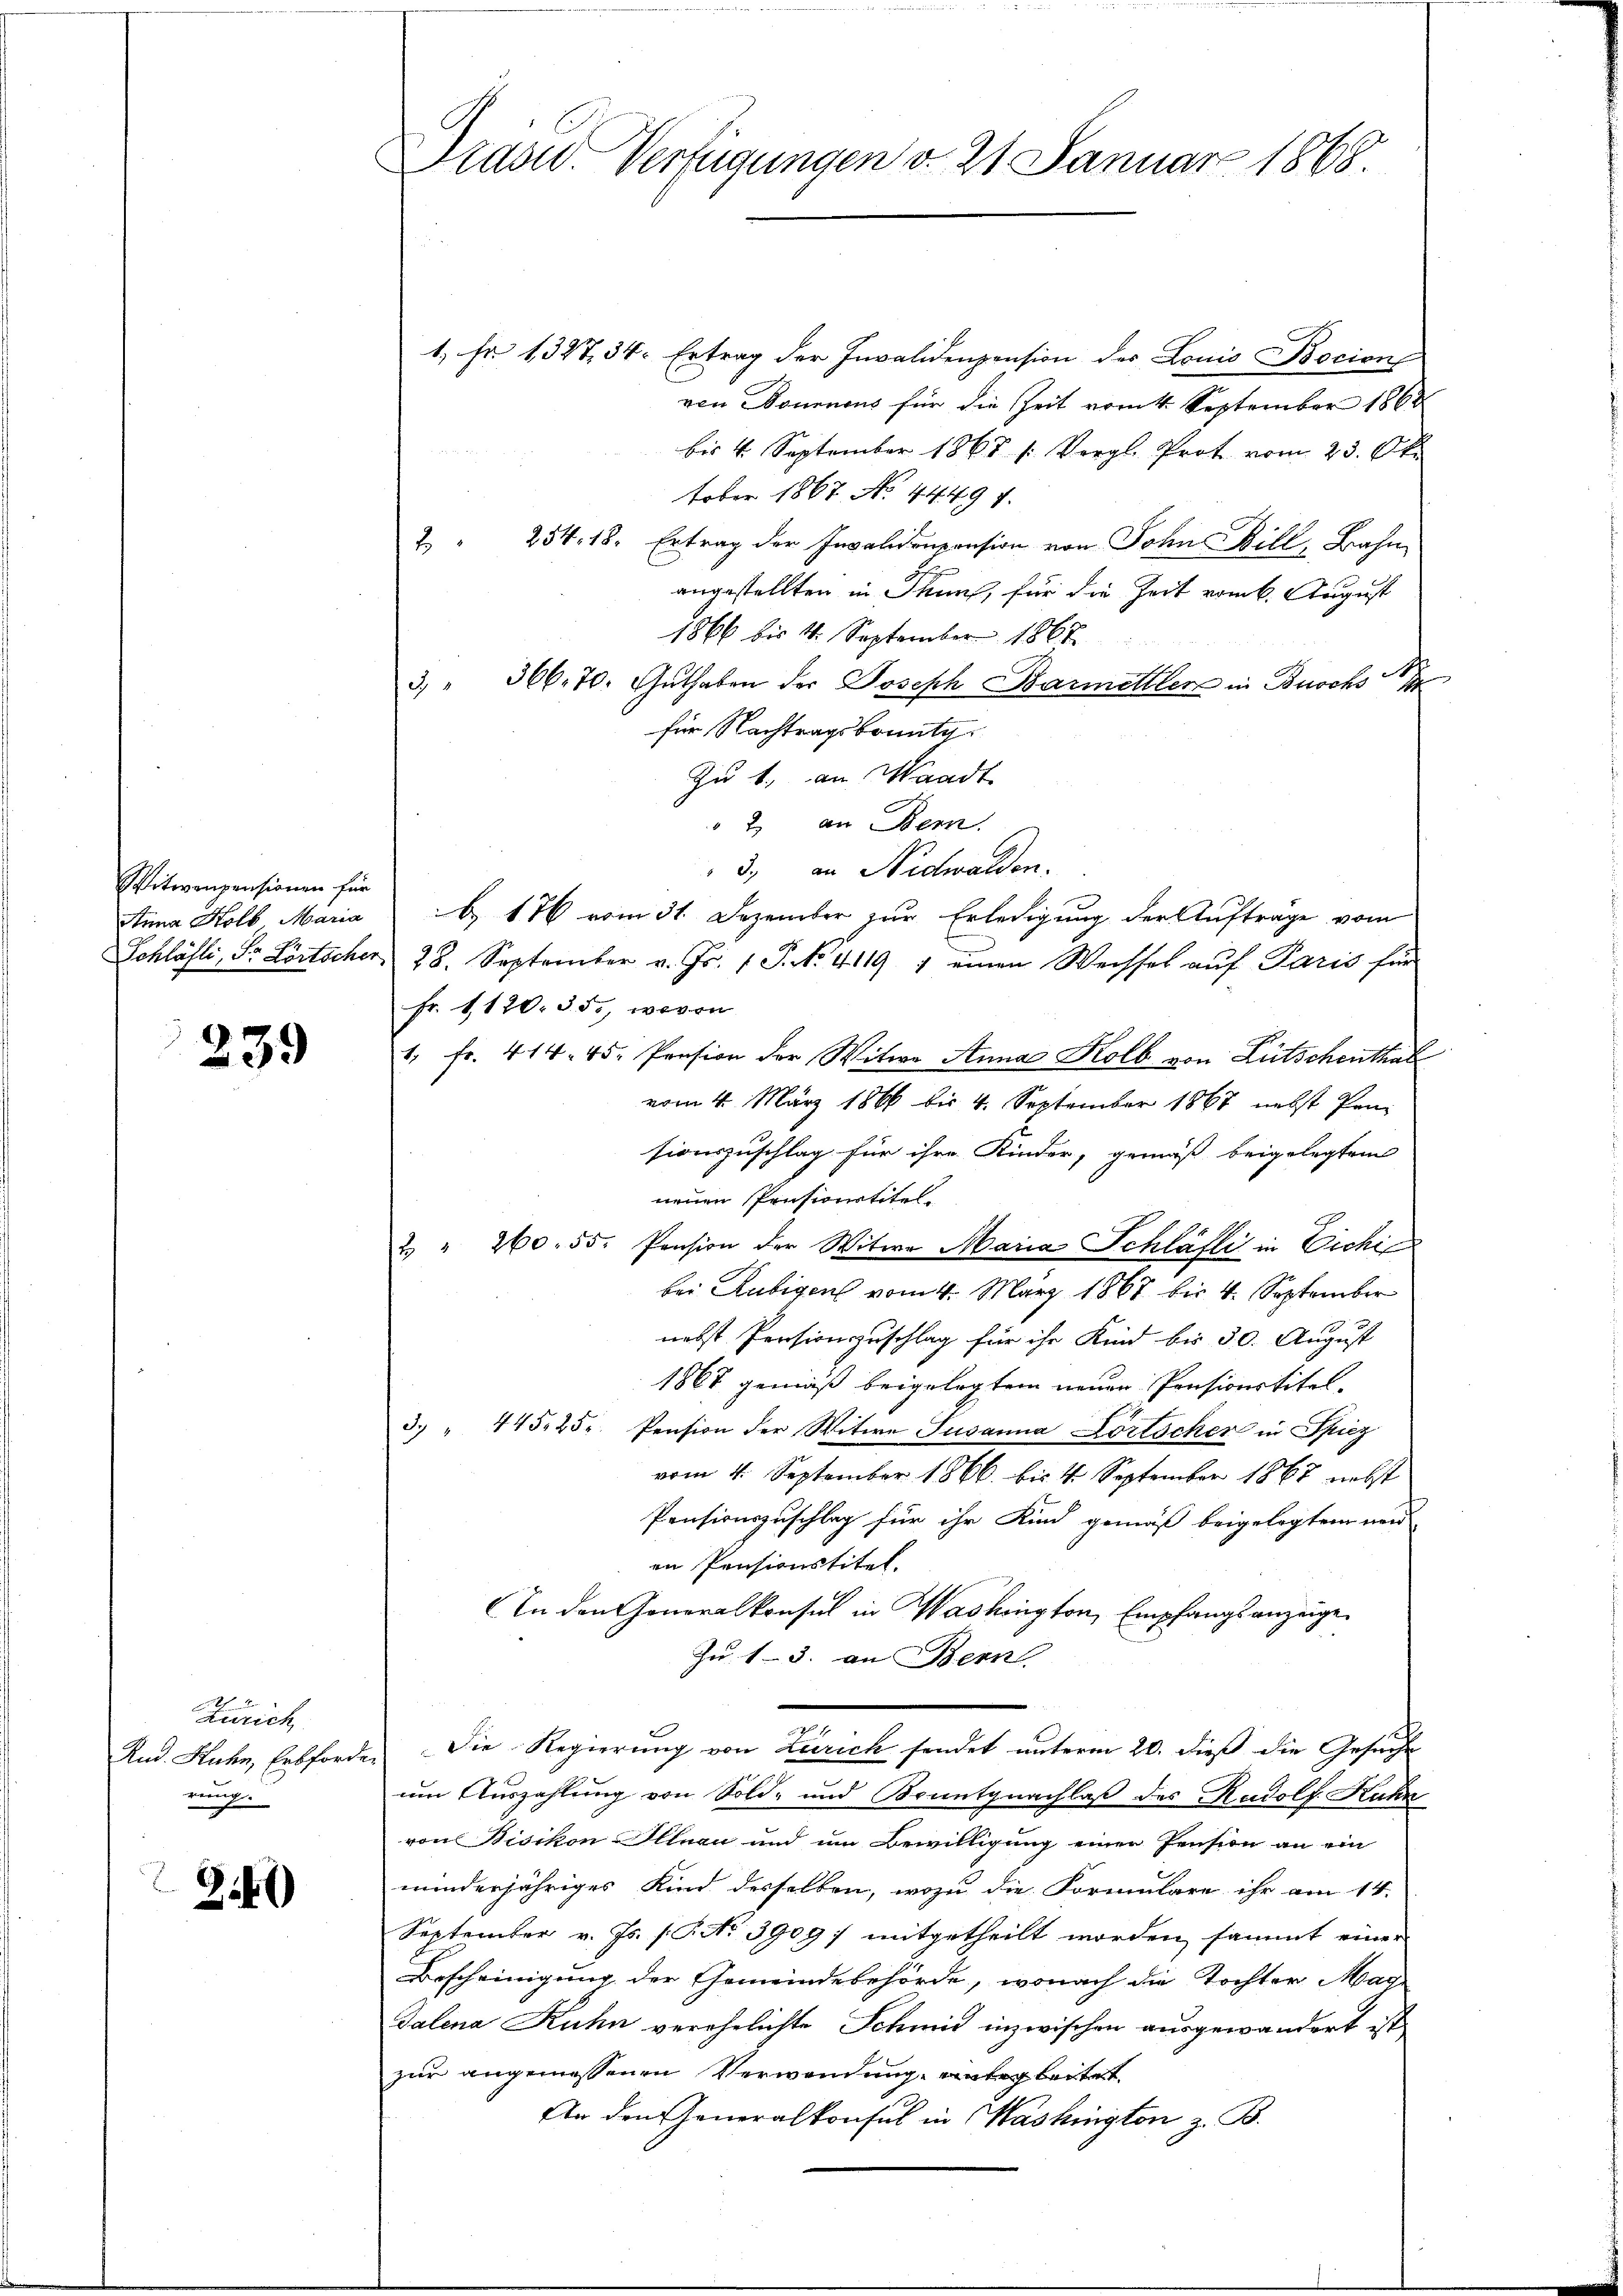
Witwenpensionen für
Anna Kolb Maria
Schläsli, Dr. Lortscher

239

Zürich
Rud. Kuhn, Erbforde
rung.

Z.41)

Prasw. Verfügungen d. 21 Januar 1868.

1, Fr. 1347, 34. Ertrag der Invalidenpension des Louis Bocion
von Donnens für die Zeit vom 4. September 1862
bis 4. September 1868 (: Vergl. Prot vom 23. Okt
tober 1867 No 44497.
2. " 254. 18. Ertrag der Invalidenpension von John Bill, Bahn
angestellten in Thuns, für die Zeit vom 6. August
1866 bis 4. September 1867
3. " 366. 70. Guthaben der Joseph Barmettler in Buchs
für Nachtragsbounty
Zu 1. an Waadt
" 2 an Bern.
3. an Nidwalden.
B. 176 vom 31. Dezember zur Erledigung der Auftrage vom
28. September v. Fr. 1 P. No. 4119 7 einen Weisses auf Paris für
Fr. 1120. 35, wovon
1. fr. 414. 45. Pension der Witwe Anna Kolb von Lütschenthal
vom 4. März 1866 bis 4. September 1867 nebst Pensionszuschlag für ihre Kinder, gemäß beigelegtem
neuen Pensionstitel.
2 " 260. 55. Pension der Witwe Maria Schläfli in Eichen
bei Rubigens vom 4. März 1867 bis 4. September
nebst Pensionszuschlag für ihr Kind bis 30. August
1867 gemäß beigelegtem neuen Pensionstitel-
3. " 445. 25. Pension der Witwe Susanna Portocher in Spiez
vom 4. September 1866 bis 4. September 1867 nebst
Pensionszuschlag für ihr Kind gemäß beigelegtem und
en Pensionstitel.
In den Generalkonsul in Washington, Empfangsanzeige
Zu 1-3. an Bern,
Die Regierung von Zürich sendet unterm 20. dieß die Gesuche
um Auszahlung von Sold- und Konntgnachlaß des Rudolf Kuhn
von Bisikon Illnau und um Bewilligung einen Pension an ein
minderjähriges Kind derselben, wozu die Formulare ihr am 14.
September v. Js. [No 3909) mitgetheilt worden sammt einer
Bescheinigung der Gemeindebehörde, wonach die Tochter Mag
Talena Kuhn verehelichte Schmid inzwischen ausgewandert ist,
zur angemessenen Verwandung unterbeitet.
An den Generalkonsul in Washington z. B.

n